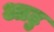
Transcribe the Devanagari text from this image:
आटु